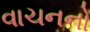
વાચનનો